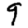
Digit: 9